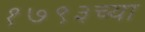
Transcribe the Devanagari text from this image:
१७९३च्या